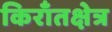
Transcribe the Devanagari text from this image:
किराँतक्षेत्र